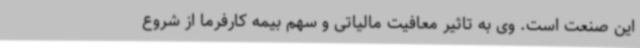
این صنعت است. وی به تاثیر معافیت مالیاتی و سهم بیمه کارفرما از شروع